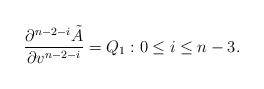
\begin{align*} \frac{\partial^{n-2-i}\tilde{A}}{\partial v^{n-2-i}}=Q_1:0\leq i\leq n-3.\end{align*}